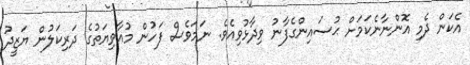
އެކަން ދެމި އޮންނާނެކަމަށް ޙުސައިންގެފާނު ވިދާޅުވިއެވެ. ނަމަވެސް ފަހުން މުއާވިޔަތުގެ ދަރިކަލުން ޔަޒީދު